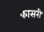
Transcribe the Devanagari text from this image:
फासरी